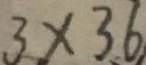
3 \times 3 6